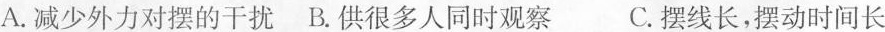
A.减少外力对摆的干扰 B.供很多人同时观察 C.摆线长，摆动时间长